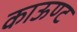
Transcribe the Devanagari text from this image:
काऊण्ट